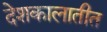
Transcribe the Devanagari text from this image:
देशकालातीत